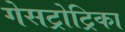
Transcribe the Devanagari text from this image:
गेसट्रोट्रिका